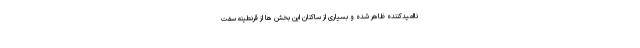
ناامیدکننده ظاهر شده و بسیاری از ساکنان این بخش ها از قرنطینه سفت